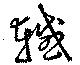
轗